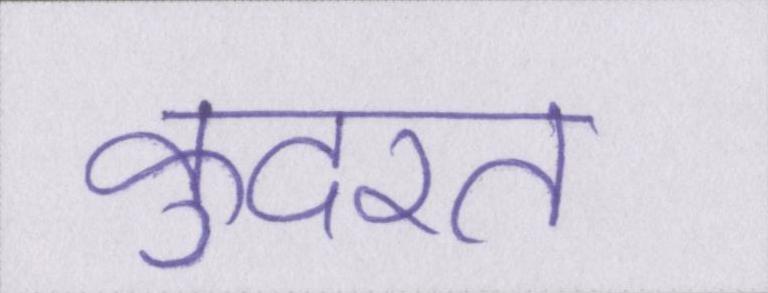
कुदरत